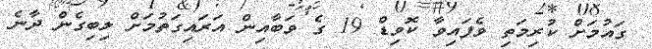
ގައުމަށް ކުރިމަތި ވެފައިވާ ކޮވިޑް 19 ގެ ވަބާއިން އަރައިގަތުމަށް ލިބިގެން ދާނެ